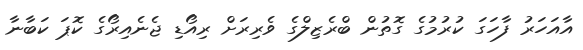
އާއަހަރު ފާހަގަ ކުރުމުގެ ގޮތުން ބްރެޒިލްގެ ވެރިރަށް ރިއޯޑި ޖެނެއިރޯގެ ކޮޕަ ކަބާނާ